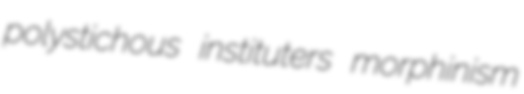
polystichous instituters morphinism